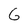
Character: G